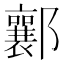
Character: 𨟚